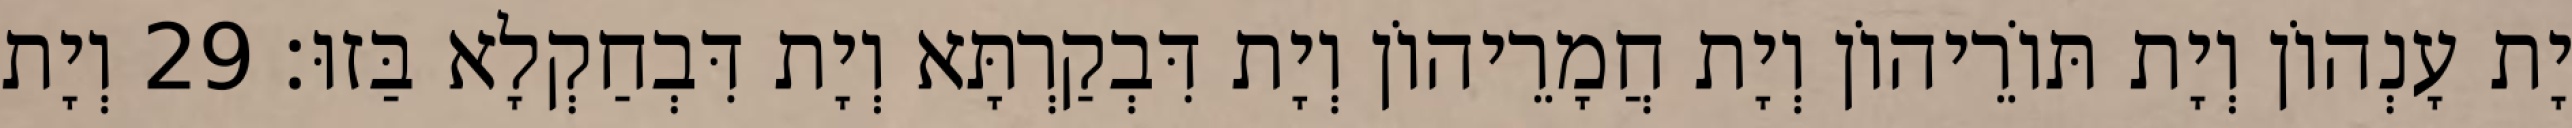
יָת עָנְהוֹן וְיָת תּוֹרֵיהוֹן וְיָת חֲמָרֵיהוֹן וְיָת דִּבְקַרְתָּא וְיָת דִּבְחַקְלָא בַּזוּ׃ 29 וְיָת